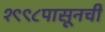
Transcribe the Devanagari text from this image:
१९९८पासूनची